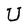
Character: U